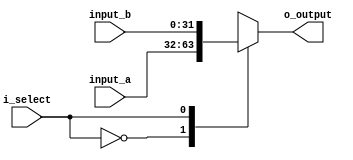
/**

**/

module mpx_2to1
    #(
        // Parameters
        parameter N     =   32
    )
    (   
        // Input 
        input wire [N-1 : 0]    input_a,        // Input 1
        input wire [N-1 : 0]    input_b,        // Input 2
        input wire              i_select,       // Control Line
        // Output
        output wire [N-1 : 0]   o_output        // Output Line 
    );

    // Parameters
    localparam A = 1'b0;
    localparam B = 1'b1;

    reg [N-1 : 0] mpx_out;
    assign o_output = mpx_out;

    always @(*) 
    begin
        case(i_select)
            A:          mpx_out = input_a;
            B:          mpx_out = input_b;
            default:    mpx_out = input_a;
        endcase
    end

endmodule